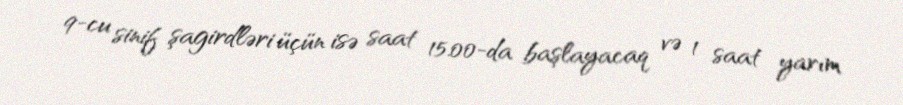
9-cu sinif şagirdləri üçün isə saat 15.00-da başlayacaq və 1 saat yarım